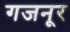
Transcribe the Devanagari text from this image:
गजनूर